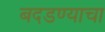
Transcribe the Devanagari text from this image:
बदडण्याचा